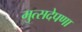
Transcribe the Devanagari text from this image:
मुत्सदेपणा